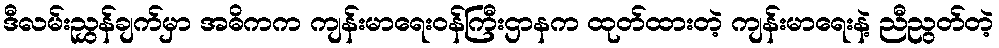
ဒီလမ်းညွှန်ချက်မှာ အဓိကက ကျန်းမာရေးဝန်ကြီးဌာနက ထုတ်ထားတဲ့ ကျန်းမာရေးနဲ့ ညီညွတ်တဲ့